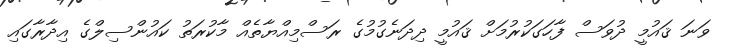
ވަނަ ޤައުމީ ދުވަސް ފާހަގަކުރުމަށް ޤައުމީ ދިދަނެގުމުގެ ރަސްމިއްޔާތެއް މާކުރަތު ކައުންސިލްގެ އިދާރާގައި